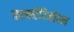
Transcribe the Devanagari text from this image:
कान्स्टेंटिनोपल